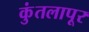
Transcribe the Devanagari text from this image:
कुंतलापूर